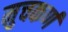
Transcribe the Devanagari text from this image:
मुचकर्ण